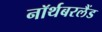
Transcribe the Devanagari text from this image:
नॉर्थबरलैंड